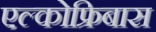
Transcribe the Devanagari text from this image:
एल्कोफ्रिबास